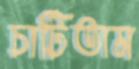
চাটিতাম